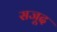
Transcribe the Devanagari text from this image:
सजूद